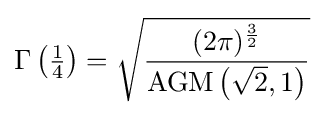
\Gamma \left({\tfrac {1}{4}}\right)={\sqrt {\frac {(2\pi )^{\frac {3}{2}}}{\operatorname {AGM} \left({\sqrt {2}},1\right)}}}